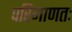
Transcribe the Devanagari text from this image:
परिमाणतः